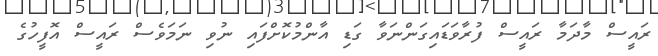
ރައީސް މާދަމާ ރައީސް ފުރާވަޑައިގަންނަވާ ގަޑި އާންމުކޮށްފައި ނުވި ނަމަވެސް ރައީސް އޮފީހުގެ